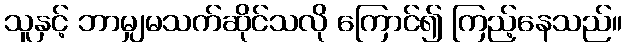
သူနှင့် ဘာမျှမသက်ဆိုင်သလို ကြောင်၍ ကြည့်နေသည်။